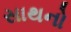
સાથનો